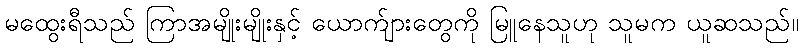
မထွေးရီသည် ကြာအမျိုးမျိုးနှင့် ယောက်ျားတွေကို မြူနေသူဟု သူမက ယူဆသည်။